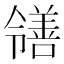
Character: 𫅜